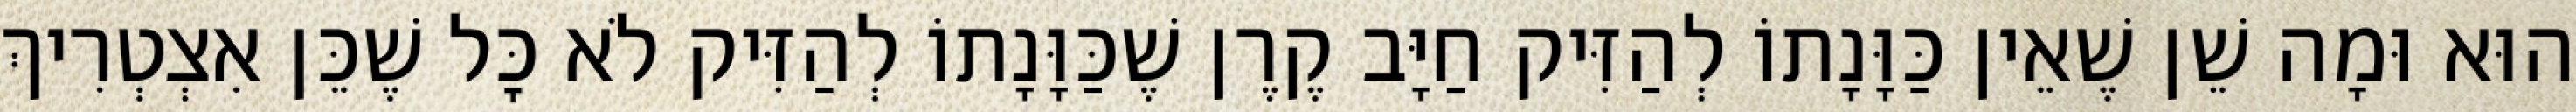
הוּא וּמָה שֵׁן שֶׁאֵין כַּוָּנָתוֹ לְהַזִּיק חַיָּב קֶרֶן שֶׁכַּוָּנָתוֹ לְהַזִּיק לֹא כׇּל שֶׁכֵּן אִצְטְרִיךְ